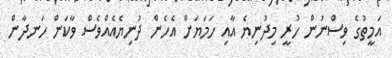
އަމީތުގެ ވިސްނުން ހުރީ މިދުނިޔެ އާއި ހަމަޔަށް އެހެން ދުނިޔެއެއްވެސް ވާކަން ހަނދާން